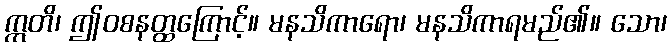
ဣတိ၊ ဤဝစနတ္ထကြောင့်။ မနသိကာရော၊ မနသိကာရမည်၏။ သော၊